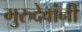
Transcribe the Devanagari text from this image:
गुरुदेवांनी